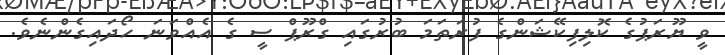
ވީ ޔޫރަޕުގެ ކޮލިފިކޭޝަންގެ ފުރަތަމަ ބުރުގައި ގްރޫޕް ސީ ގެ އެއްވަނަ ހޯދައިގެންނެވެ.